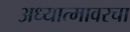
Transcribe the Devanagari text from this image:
अध्यात्मावरचा